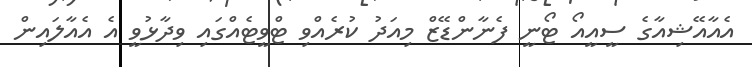
އެއާއޭޝިއާގެ ސީއީއޯ ޓޯނީ ފެނާންޑޭޒް މިއަދު ކުރެއްވި ޓްވީޓެއްގައި ވިދާޅުވީ އެ އެއާލައިން